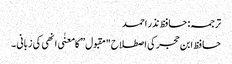
ترجمہ: حافظ نذر احمد
حافظ ابن حجر کی اصطلاح "مقبول” کا معنٰی انھی کی زبانی ۔